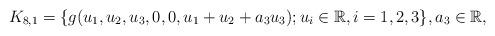
LaTeX: \begin{align*} K_{8,1}=\{g(u_1,u_2,u_3,0,0,u_1+u_2+a_3u_3);u_i \in \mathbb R, i=1,2,3 \}, a_3\in \mathbb R, \end{align*}